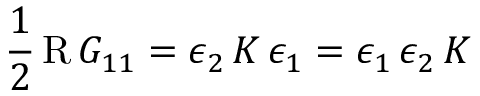
\frac { 1 } { 2 } \operatorname { R } G _ { 1 1 } = \epsilon _ { 2 } \, K \, \epsilon _ { 1 } = \epsilon _ { 1 } \, \epsilon _ { 2 } \, K